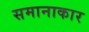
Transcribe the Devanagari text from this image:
समानाकार